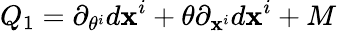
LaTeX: Q_{1}=\partial_{\theta^{i}}d\mathbf{x}^{i}+\theta\partial_{\mathbf{x}^{i}}d\mathbf{x}^{i}+M